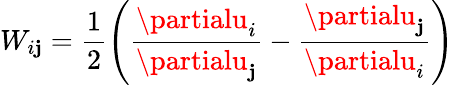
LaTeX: W_{i\mathbf{j}}=\frac{{1}}{{2}}\left(\frac{{\partialu_{i}}}{{\partialu_{\mathbf{j}}}}-\frac{{\partialu_{\mathbf{j}}}}{{\partialu_{i}}}\right)